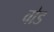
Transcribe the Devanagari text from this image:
वोड